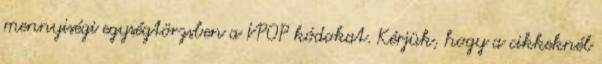
mennyiségi egységtörzsben a VPOP kódokat. Kérjük, hogy a cikkeknél